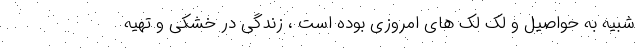
شبیه به حواصیل و لک لک های امروزی بوده است ، زندگی در خشکی و تهیه